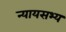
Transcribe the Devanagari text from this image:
न्यायसभ्य